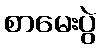
စာမေးပွဲ